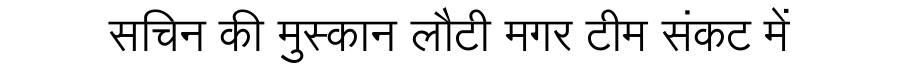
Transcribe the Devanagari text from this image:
सचिन की मुस्कान लौटी मगर टीम संकट में